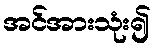
အင်အားသုံး၍